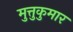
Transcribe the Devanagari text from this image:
मुत्तुकुमार